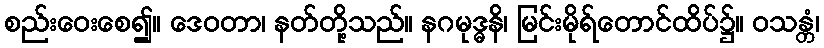
စည်းဝေးစေ၍။ ဒေဝတာ၊ နတ်တို့သည်။ နဂမုဒ္ဓနိ၊ မြင်းမိုရ်တောင်ထိပ်၌။ ဝသန္တံ၊